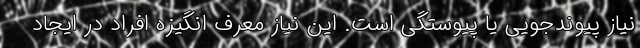
نیاز پیوندجویی یا پیوستگی است. این نیاز معرّف انگیزه افراد در ایجاد